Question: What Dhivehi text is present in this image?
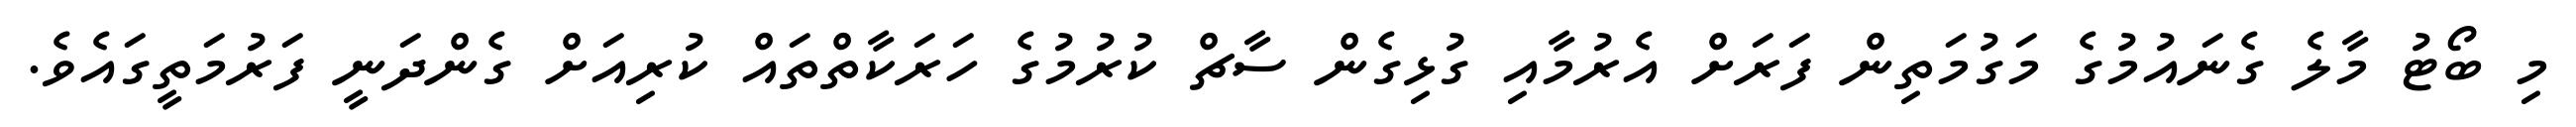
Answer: މި ބޯޓު މާލެ ގެނައުމުގެ މަގުމަތިން ފަރަށް އެރުމާއި ގުޅިގެން ސާޗް ކުރުމުގެ ހަރަކާތްތައް ކުރިއަށް ގެންދަނީ ފަރުމަތީގައެވެ.